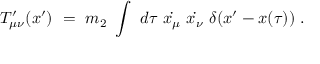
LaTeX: T _ { \mu \nu } ^ { \prime } ( x ^ { \prime } ) ~ = ~ m _ { 2 } ~ \int ~ d \tau ~ \dot { x _ { \mu } } ~ \dot { x _ { \nu } } ~ \delta ( x ^ { \prime } - x ( \tau ) ) ~ .